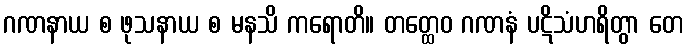
ဂဏနာယ စ ဖုသနာယ စ မနသိ ကရောတိ။ တတ္ထေဝ ဂဏနံ ပဋိသံဟရိတွာ တေ